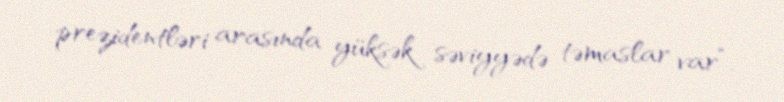
prezidentləri arasında yüksək səviyyədə təmaslar var”.